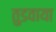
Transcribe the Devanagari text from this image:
तुडवाया